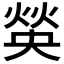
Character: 𤋍